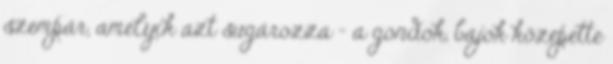
szempár, amelyik azt sugározza - a gondok, bajok közepette